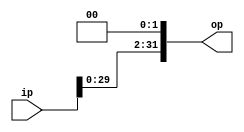
module lshift (ip, op);

input [31:0] ip;
output [31:0] op;

reg [31:0] shift;

always @(ip) begin
 shift = ip << 2;
end

assign op = shift;

endmodule